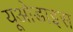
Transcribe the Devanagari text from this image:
यूओडाइस